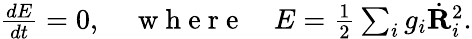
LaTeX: \begin{array}{r}{\frac{dE}{dt}=0,\quad\mathrm{~w~h~e~r~e~}\quad E=\frac 12\sum_{i}g_{i}\dot{\mathbf R}_{i}^{2}.}\end{array}